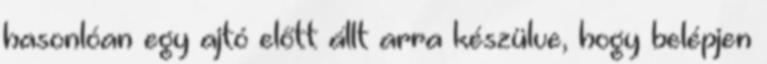
hasonlóan egy ajtó előtt állt arra készülve, hogy belépjen